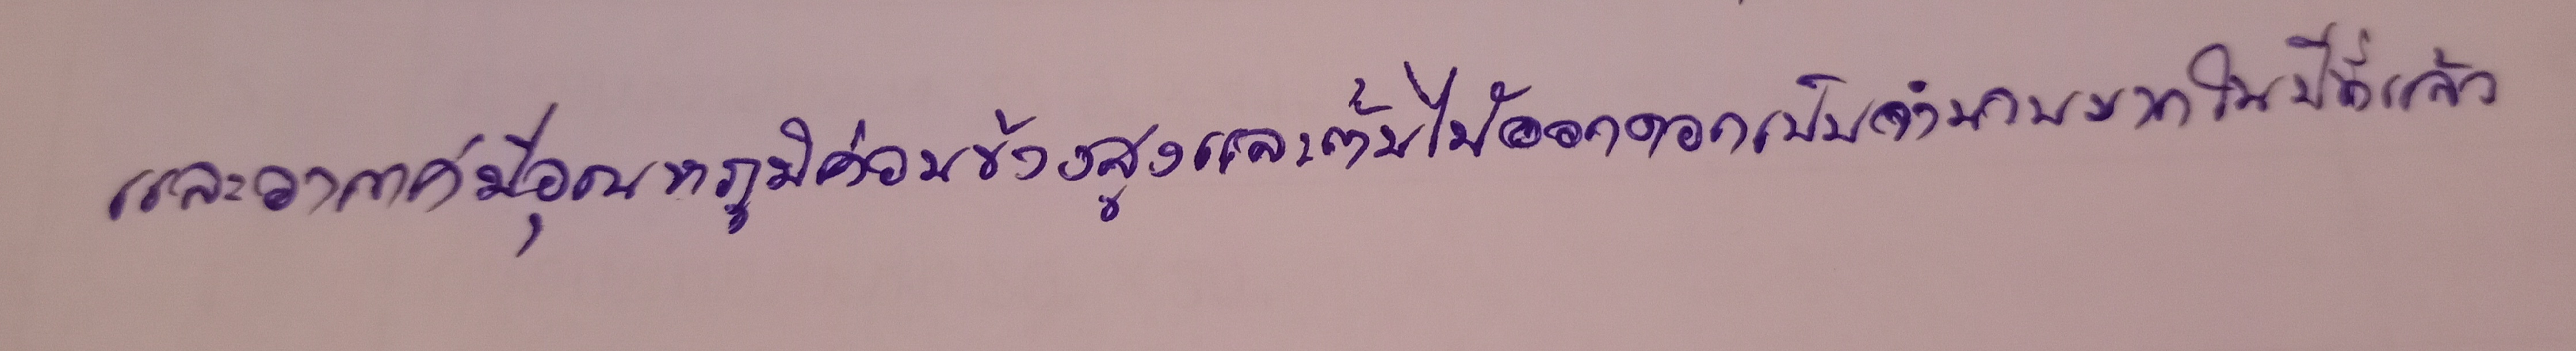
และอากาศมีอุณหภูมิค่อนข้างสูงและต้นไม้ออกดอกเป็นจำนวนมากในปีที่แล้ว